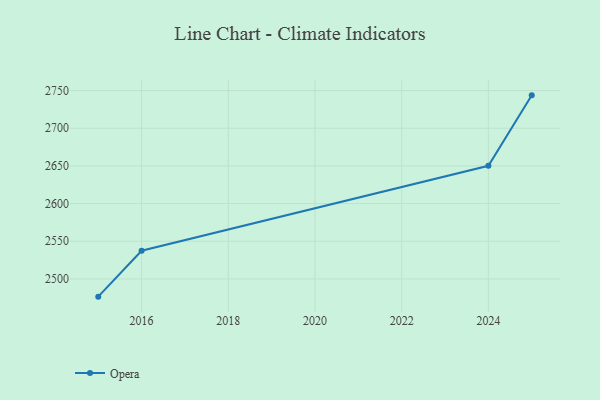
{"axis": {"x": "Year", "y": "Tickets Resolved"}, "legend": ["Opera"], "data": [{"x": "2025", "y": 2743.6, "type": "Opera"}, {"x": "2024", "y": 2650.1, "type": "Opera"}, {"x": "2016", "y": 2537.4, "type": "Opera"}, {"x": "2015", "y": 2476.5, "type": "Opera"}]}